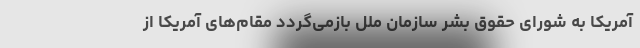
آمریکا به شورای حقوق بشر سازمان ملل بازمی‌گردد مقام‌های آمریکا از